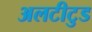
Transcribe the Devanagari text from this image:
अलटीटुड